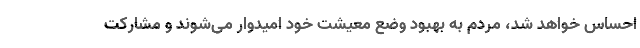
احساس خواهد شد، مردم به بهبود وضع معیشت خود امیدوار می‌شوند و مشارکت